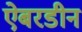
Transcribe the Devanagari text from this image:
ऐबरडीन